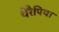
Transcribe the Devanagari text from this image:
थेरैपिया